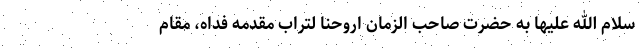
سلام الله علیها به حضرت صاحب الزمان اروحنا لتراب مقدمه فداه، مقام